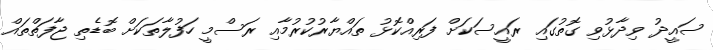
ސައީދު ވިދާޅުވި ގޮތުގައި ރައީސަކަށް ފަރިއްކޮޅު ތައްޔާރުކުރުމާއި ރަސްމީ ހަފުލާތަކަށް ބޮޑެތި ޖާފަތްތައް